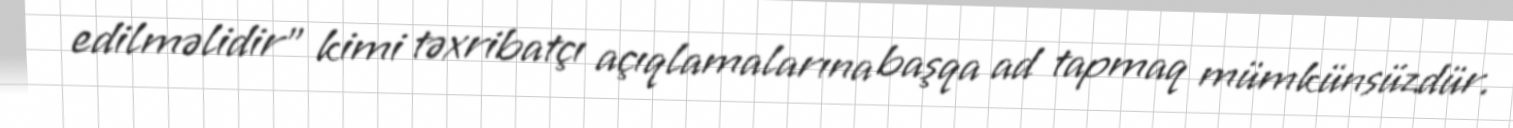
edilməlidir” kimi təxribatçı açıqlamalarına başqa ad tapmaq mümkünsüzdür.